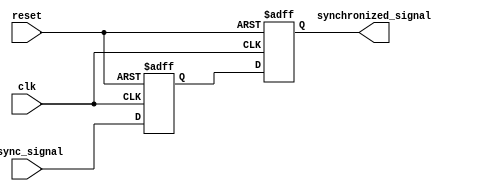
module TwoFlopSynchronizer (
    input wire clk,
    input wire reset,
    input wire async_signal,
    output reg synchronized_signal
);

reg flop1;
reg flop2;

always @(posedge clk or posedge reset) begin
    if (reset) begin
        flop1 <= 1'b0;
        flop2 <= 1'b0;
    end else begin
        flop1 <= async_signal;
        flop2 <= flop1;
    end
end

assign synchronized_signal = flop2;

endmodule